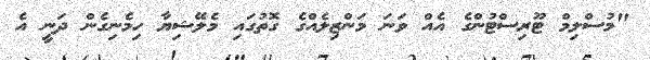
"މުސްލިމް ޓޫރިސްޓުންގެ އެއް ވަނަ މަންޒިލެއްގެ ގޮތުގައި މެލޭޝިޔާ ހިމެނިގެން ދަނީ އެ